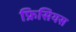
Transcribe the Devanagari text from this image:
फ्रिसियस